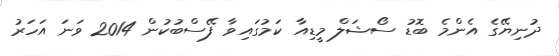
ދުނިޔޭގެ އެންމެ ބޮޑު ސޯޝަލް މީޑިއާ ކަމުގައިވާ ފޭސްބުކުން 2014 ވަނަ އަހަރު